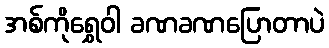
အစ်ကိုရွှေဝါ ခဏခဏပြောတာပဲ